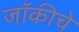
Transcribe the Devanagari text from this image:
जॉकीचे